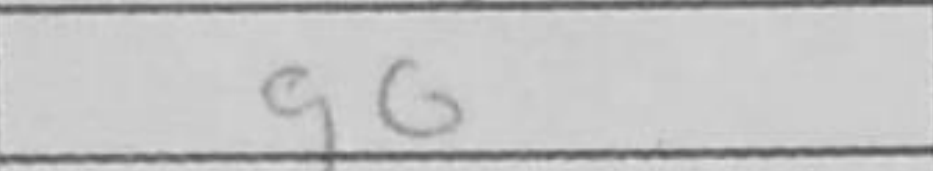
Transcription: g6